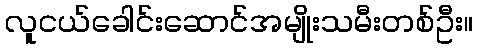
လူငယ်ခေါင်းဆောင်အမျိုးသမီးတစ်ဦး။